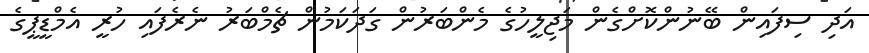
އަދި ސިފައިން ބޭނުންކޮށްގެން މަޖިލީހުގެ މެންބަރުން ގަދަކަމުން ޗެމްބަރު ނެރެފައި ހުރީ އެމްޑީޕީގެ